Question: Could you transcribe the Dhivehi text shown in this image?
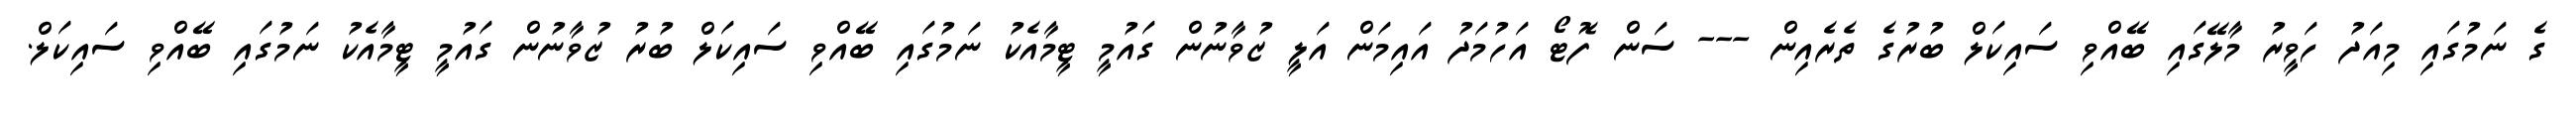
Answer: ގެ ނަމުގައި މިއަދު ހަވީރު މާލޭގައި ބޭއްވި ސައިކަލް ބުރުގެ ތެރެއިން --- ސަން ފޮޓޯ އަހުމަދު އައިމަން އަލީ ޒުވާނުން ގައުމީ ޓީމާއެކު ނަމުގައި ބޭއްވި ސައިކަލް ބުރު ޒުވާނުން ގައުމީ ޓީމާއެކު ނަމުގައި ބޭއްވި ސައިކަލް.